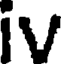
iV